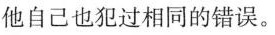
他自己也犯过相同的错误。